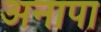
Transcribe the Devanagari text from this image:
अनापा